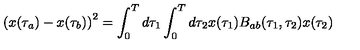
{ ( x ( \tau _ { a } ) - x ( \tau _ { b } ) ) } ^ { 2 } = \int _ { 0 } ^ { T } d \tau _ { 1 } \int _ { 0 } ^ { T } d \tau _ { 2 } x ( \tau _ { 1 } ) B _ { a b } ( \tau _ { 1 } , \tau _ { 2 } ) x ( \tau _ { 2 } )